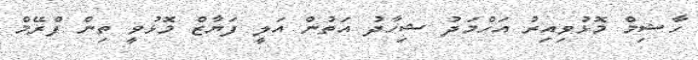
ހާޝިމް މޮޅުވިއިރު އަހްމަދު ޝިހާދު އަތުން އަލީ ފަޔާޒް މޮޅުވީ ތިން ފްރޭމް